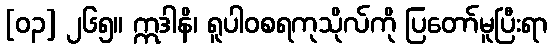
[၀၃] ၂၆၅။ ဣဒါနိ၊ ရူပါဝစရကုသိုလ်ကို ပြတော်မူပြီးရာ